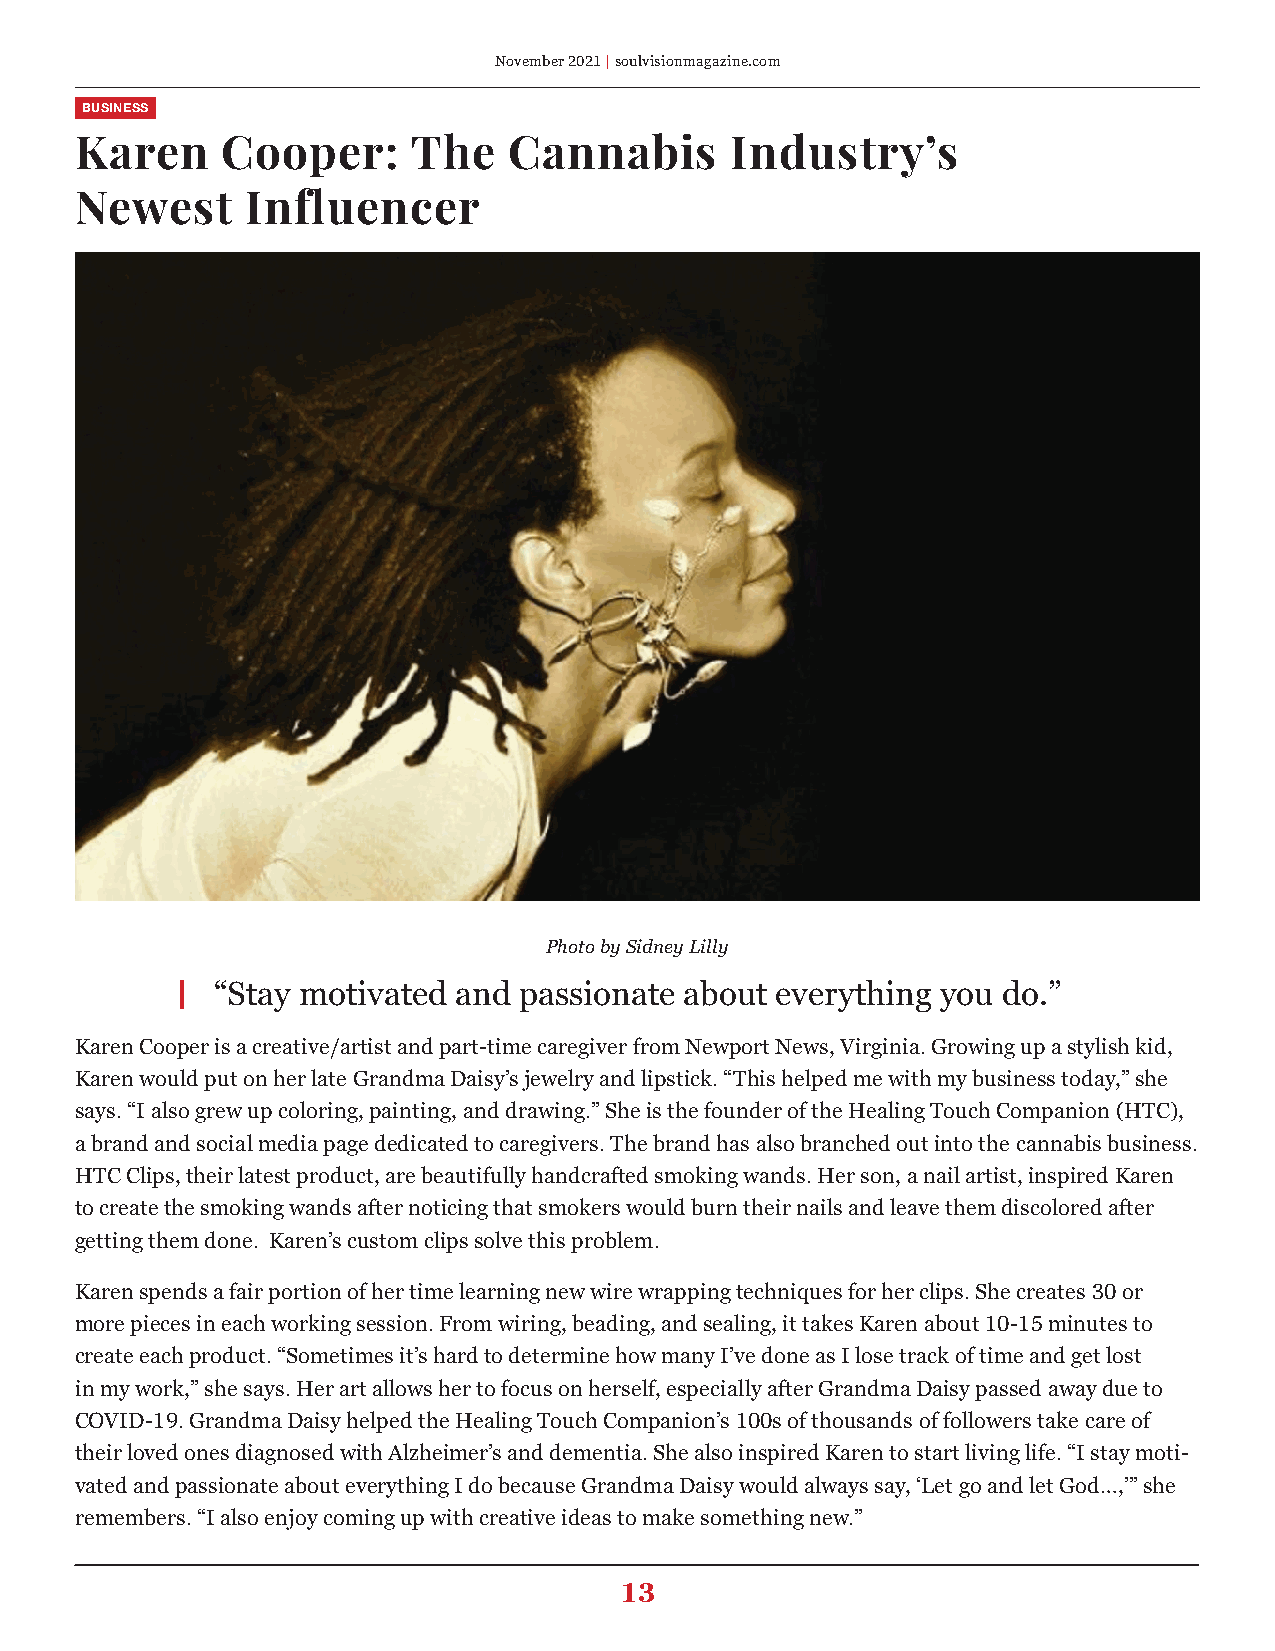
November 2021 | soulvisionmagazine.com
 BUSINESS
 Karen     Cooper:     The    Cannabis      Industry’s
 Newest     Influencer
 Photo by Sidney Lilly
 “Stay motivated and passionate about everything you do.”
 Karen Cooper is a creative/artist and part-time caregiver from Newport News, Virginia. Growing up a stylish kid,
 Karen would put on her late Grandma Daisy’s jewelry and lipstick. “This helped me with my business today,” she
 says. “I also grew up coloring, painting, and drawing.” She is the founder of the Healing Touch Companion (HTC),
 a brand and social media page dedicated to caregivers. The brand has also branched out into the cannabis business.
 HTC Clips, their latest product, are beautifully handcrafted smoking wands. Her son, a nail artist, inspired Karen
 to create the smoking wands after noticing that smokers would burn their nails and leave them discolored after
 getting them done. Karen’s custom clips solve this problem.
 Karen spends a fair portion of her time learning new wire wrapping techniques for her clips. She creates 30 or
 more pieces in each working session. From wiring, beading, and sealing, it takes Karen about 10-15 minutes to
 create each product. “Sometimes it’s hard to determine how many I’ve done as I lose track of time and get lost
 in my work,” she says. Her art allows her to focus on herself, especially after Grandma Daisy passed away due to
 COVID-19. Grandma Daisy helped the Healing Touch Companion’s 100s of thousands of followers take care of
 their loved ones diagnosed with Alzheimer’s and dementia. She also inspired Karen to start living life. “I stay moti-
 vated and passionate about everything I do because Grandma Daisy would always say, ‘Let go and let God…,’” she
 remembers. “I also enjoy coming up with creative ideas to make something new.”
 13